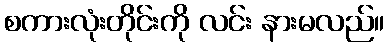
စကားလုံးတိုင်းကို လင်း နားမလည်။